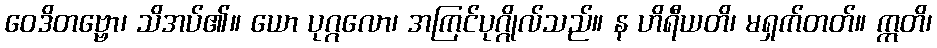
ဝေဒိတဗ္ဗော၊ သိအပ်၏။ ယော ပုဂ္ဂလော၊ အကြင်ပုဂ္ဂိုလ်သည်။ န ဟိရီယတိ၊ မရှက်တတ်။ ဣတိ၊